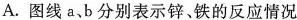
A.图线a、b分别表示锌、铁的反应情况